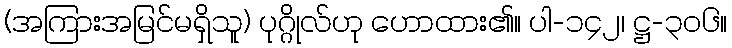
(အကြားအမြင်မရှိသူ) ပုဂ္ဂိုလ်ဟု ဟောထား၏။ ပါ-၁၄၂၊ ဋ္ဌ-၃၀၆။